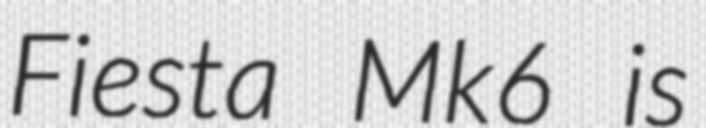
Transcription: Fiesta Mk6 is